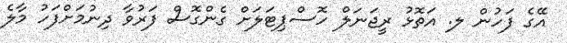
އޭގެ ފަހުން ލ. އަތޮޅު ރީޖަނަލް ހޮސްޕިޓަލަށް ގެންގޮސް ފަރުވާ ދިނުމަށްފަހު މާލެ